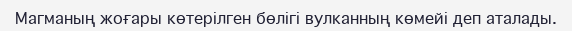
Магманың жоғары көтерілген бөлігі вулканның көмейі деп аталады.